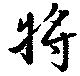
将